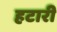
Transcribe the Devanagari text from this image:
हटारी